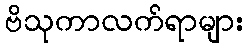
ဗိသုကာလက်ရာများ